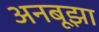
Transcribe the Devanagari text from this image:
अनबूझा